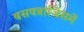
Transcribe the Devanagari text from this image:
बसवन्नाजिसमें